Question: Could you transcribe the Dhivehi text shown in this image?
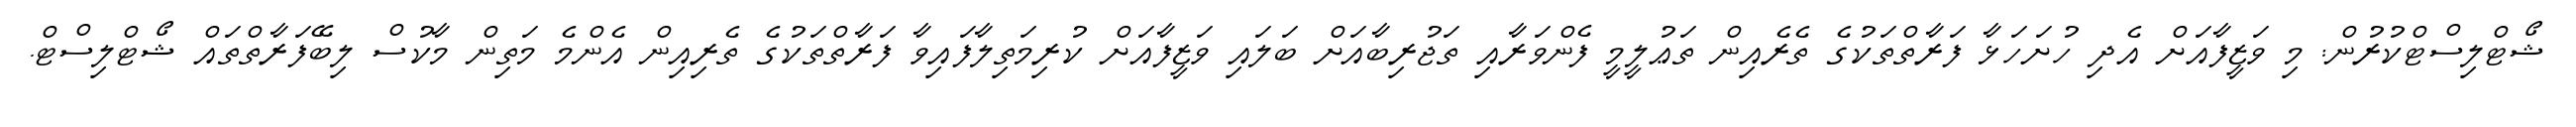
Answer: ޝޯޓްލިސްޓްކުރުން: މި ވަޒީފާއަށް އެދި ހުށަހަޅާ ފަރާތްތަކުގެ ތެރެއިން ތަޢުލީމީ ފެންވަރާއި ތަޖުރިބާއަށް ބަލައި ވަޒީފާއަށް ކުރިމަތިލާފައިވާ ފަރާތްތަކުގެ ތެރިއިން އެންމެ މަތިން މާކުސް ލިބޭފަރާތްތައް ޝޯޓްލިސްޓް.